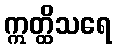
ဣတ္ထိသရေ